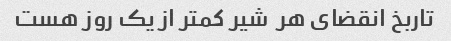
تاربخ انقضای هر  شیر کمتر از یک روز هست